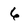
Character: 6